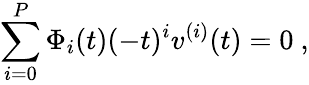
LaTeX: \sum_{i=0}^{P}\Phi_{i}(t)(-t)^{i}v^{(i)}(t)=0\ ,